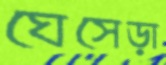
ঘেসেড়া